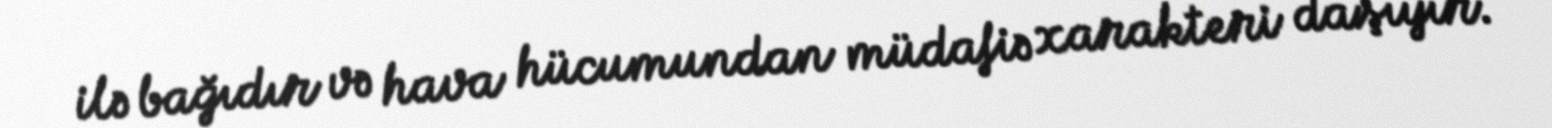
ilə bağıdır və hava hücumundan müdafiə xarakteri daşıyır.